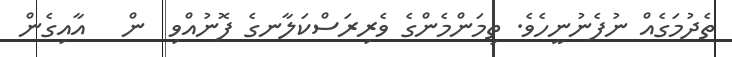
ތެދުމަގެއް ނުފެނުނީހެވެ. ތިމަންމެންގެ ވެރިރަސްކަލާނގެ ފޮނުއްވި  ން   އާއިގެން